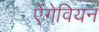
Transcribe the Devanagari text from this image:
ऐंगेवियन